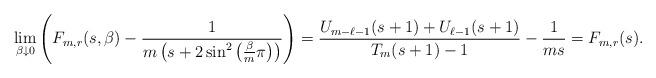
LaTeX: \begin{align*} \lim_{\beta\downarrow 0}\left( F_{m,r}(s,\beta) - \frac{1}{m \left(s+2\sin^{2}\left(\frac{\beta }{m}\pi\right)\right)} \right)= \frac{U_{m-\ell-1}(s+1)+U_{\ell-1}(s+1)}{T_{m}(s+1)-1}-\frac{1}{ms}=F_{m,r}(s).\end{align*}